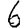
Digit: 6